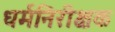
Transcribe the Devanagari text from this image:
धर्मनिरीक्षक